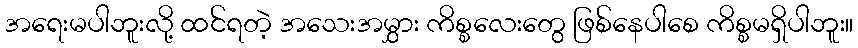
အရေးမပါဘူးလို့ ထင်ရတဲ့ အသေးအမွှား ကိစ္စလေးတွေ ဖြစ်နေပါစေ ကိစ္စမရှိပါဘူး။